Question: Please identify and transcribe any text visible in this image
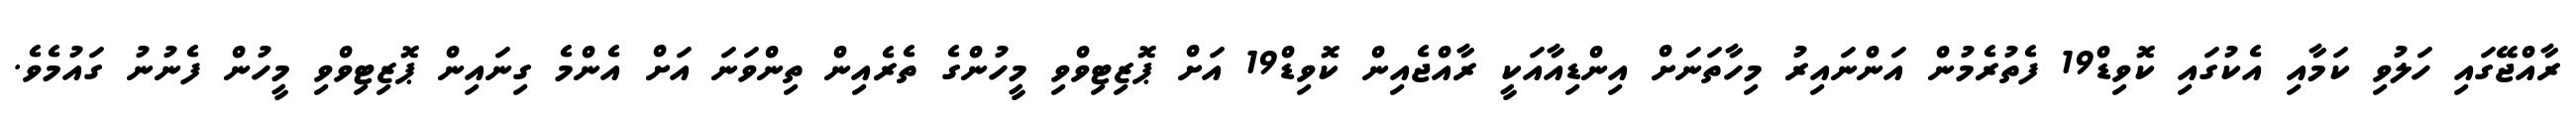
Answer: ރާއްޖޭގައި ހަލުވި ކަމާއި އެކުގައި ކޮވިޑް19 ފެތުރެމުން އަންނައިރު މިހާތަނަށް އިންޑިއާއަކީ ރާއްޖެއިން ކޮވިޑް19 އަށް ޕޮޒިޓިވްވި މީހުންގެ ތެރެއިން ތިންވަނަ އަށް އެންމެ ގިނައިން ޕޮޒިޓިވްވި މީހުން ފެނުނު ގައުމެވެ.